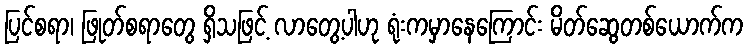
ပြင်စရာ၊ ဖြုတ်စရာတွေ ရှိသဖြင့် လာတွေ့ပါဟု ရုံးကမှာနေကြောင်း မိတ်ဆွေတစ်ယောက်က